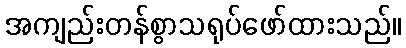
အကျည်းတန်စွာသရုပ်ဖော်ထားသည်။